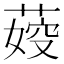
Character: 𦶞